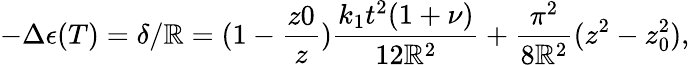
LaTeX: -\Delta\epsilon(T)=\delta/\mathbb{R}=(1-\frac{{z0}}{{z}})\frac{{k_{1}t^{2}(1+\nu)}}{{12\mathbb{R}^{2}}}+\frac{{\pi^{2}}}{{8\mathbb{R}^{2}}}(z^{2}-z_{0}^{2}),